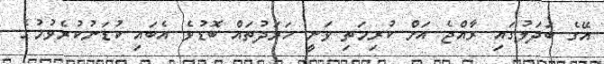
އޭގެ ބަދަލުގައި ރާއްޖެ އަށް ކުރިމަތި ވަނީ ހަރަދުތައް ބޮޑުވެ އެބައި ކުޑަނުކުރެވުމުގެ